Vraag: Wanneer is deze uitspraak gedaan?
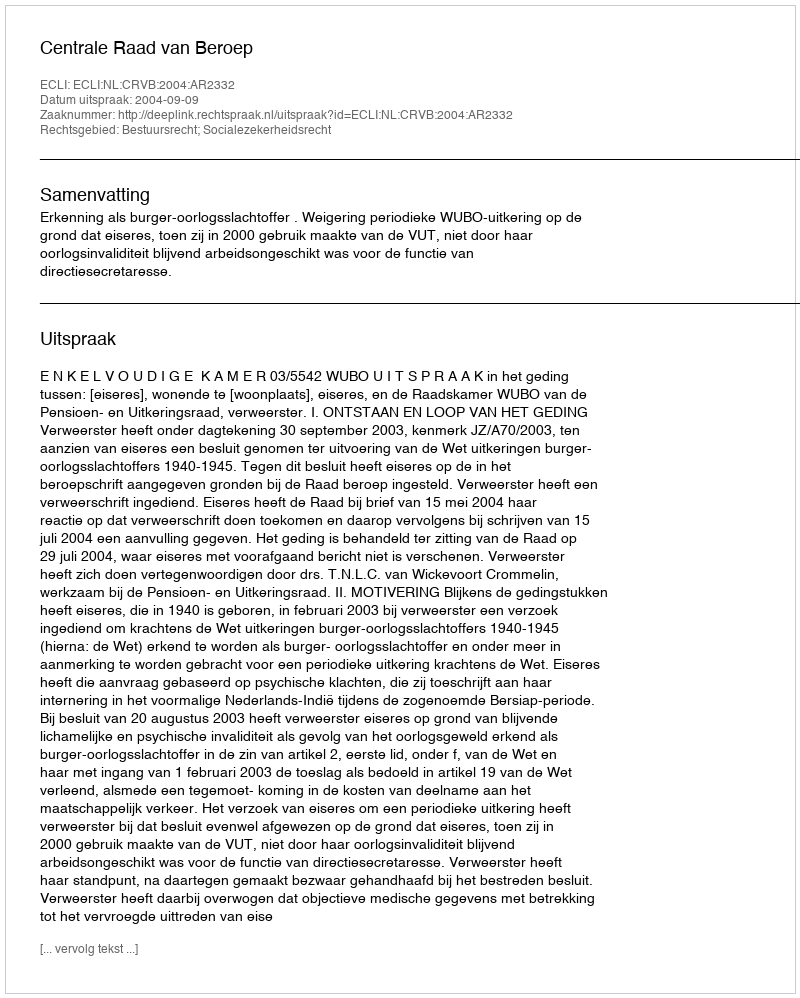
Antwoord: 2004-09-09